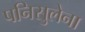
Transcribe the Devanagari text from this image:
पनिसुलेना